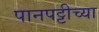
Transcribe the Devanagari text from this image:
पानपट्टीच्या